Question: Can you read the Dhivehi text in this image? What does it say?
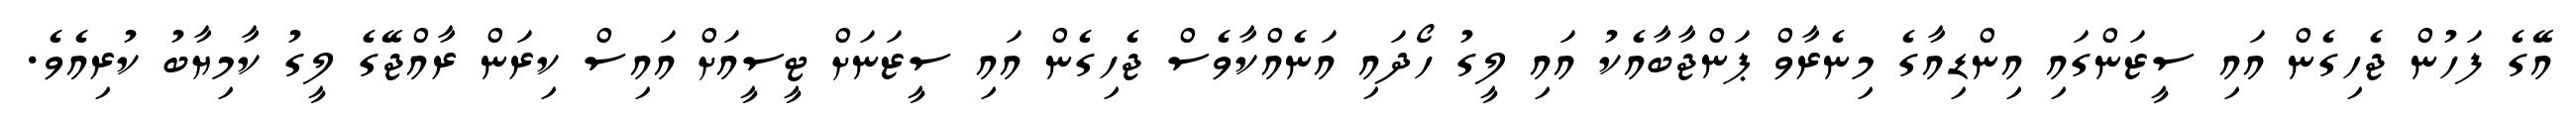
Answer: އޭގެ ފަހުން ޖެހިގެން އައި ސީޒަންގައި އިންޑިއާގެ މިނެރާވް ޕަންޖާބާއެކު އައި ލީގު ހޯދައި އަނެއްކާވެސް ޖެހިގެން އައި ސީޒަނަށް ޓީސީއަށް އައިސް ކިރަން ރާއްޖޭގެ ލީގު ކާމިޔާބު ކުރިއެވެ.